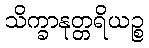
သိက္ခာနုတ္တရိယဉ္စ